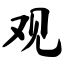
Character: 观